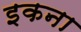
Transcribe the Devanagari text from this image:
इकना